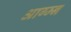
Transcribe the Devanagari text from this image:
आग्म्न